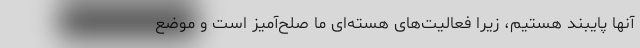
آنها پایبند هستیم، زیرا فعالیت‌های هسته‌ای ما صلح‌آمیز است و موضع